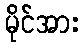
မိုင်အား